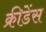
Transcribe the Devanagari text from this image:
क्रीडेंस